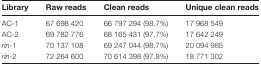
| Library | Raw reads | Clean reads | Unique clean reads |
 | --- | --- | --- | --- |
 | AC-1 | 67 698 420 | 66 797 294 (98.7%) | 17 968 549 |
 | AC-2 | 69 782 776 | 68 165 431 (97.7%) | 17 642 249 |
 | rin-1 | 70 137 108 | 69 247 044 (98.7%) | 20 094 985 |
 | rin-2 | 72 264 600 | 70 614 398 (97.8%) | 18 771 302 |